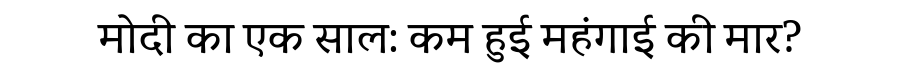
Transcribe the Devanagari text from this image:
मोदी का एक साल: कम हुई महंगाई की मार?